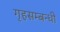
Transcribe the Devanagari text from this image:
गृहसम्बन्धी